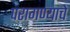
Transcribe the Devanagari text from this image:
परागण्याचे